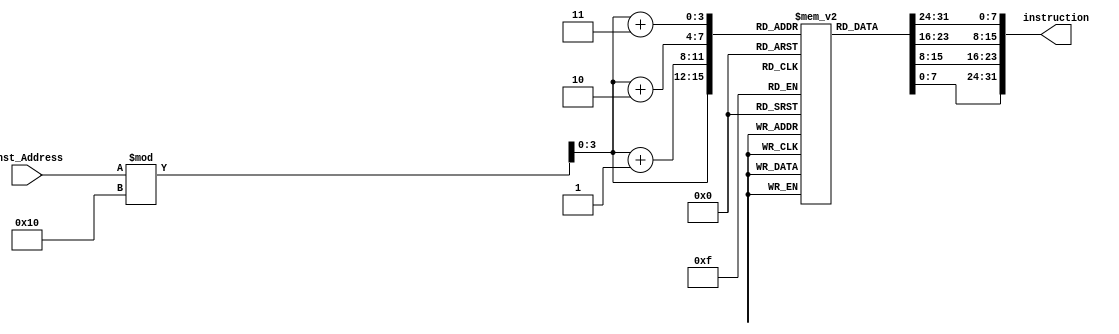
module Instruction_Memory(
	input [63:0] Inst_Address,
	output reg [31:0] instruction
);

reg [7:0] Instructions [15:0];
reg [7:0] i1;
reg [7:0] i2;
reg [7:0] i3;
reg [7:0] i4;
initial
begin
	Instructions[0] = 8'b10000011;
	Instructions[1] = 8'b00110100;
	Instructions[2] = 8'b10000101;
	Instructions[3] = 8'b00000010;
	Instructions[4] = 8'b10110011;
	Instructions[5] = 8'b10000100;
	Instructions[6] = 8'b10011010;
	Instructions[7] = 8'b00000000;
	Instructions[8] = 8'b10010011;
	Instructions[9] = 8'b10000100;
	Instructions[10] = 8'b00010100;
	Instructions[11] = 8'b00000000;
	Instructions[12] = 8'b00100011;
	Instructions[13] = 8'b00110100;
	Instructions[14] = 8'b10010101;
	Instructions[15] = 8'b00000010;
end

always @ (Inst_Address)
begin
	i1 = Instructions[Inst_Address % 16];
	i2 = Instructions[Inst_Address % 16 + 1];
	i3 = Instructions[Inst_Address % 16 + 2];
	i4 = Instructions[Inst_Address % 16 + 3];
	instruction = {i4, i3, i2, i1};
end
endmodule